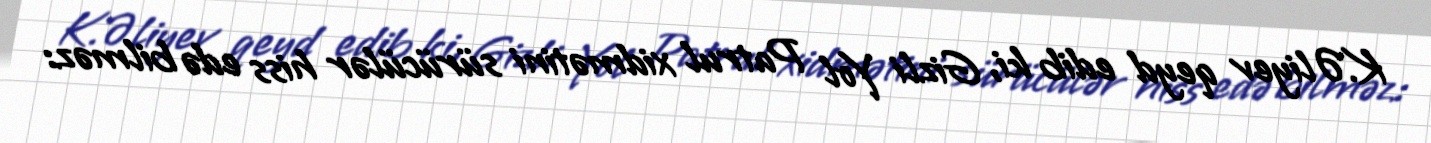
K.Əliyev qeyd edib ki, Gizli Yol Patrul xidmətini sürücülər hiss edə bilməz: